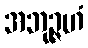
အဘုဉ္ဇဟံ